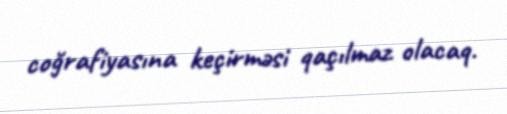
coğrafiyasına keçirməsi qaçılmaz olacaq.